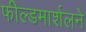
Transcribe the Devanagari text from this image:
फील्डमार्शलने